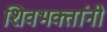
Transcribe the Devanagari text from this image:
शिवभक्तांनी